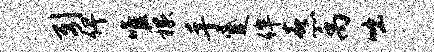
引俾唯稼手蹙侔熹禹咄